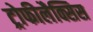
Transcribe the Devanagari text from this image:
ट्रोफीलैक्सिस